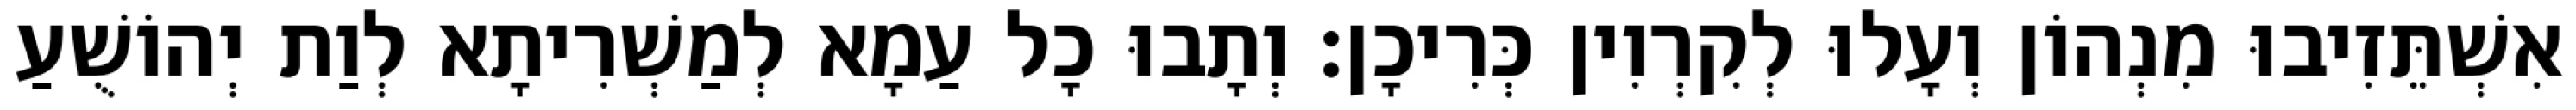
אִשְׁתֵּזִיבוּ מִנְהוֹן וְעָלוּ לְקִרְוִין כְּרִיכָן׃ וְתָבוּ כָל עַמָא לְמַשְׁרִיתָא לְוַת יְהוֹשֻׁעַ